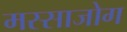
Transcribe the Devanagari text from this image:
मस्साजोग